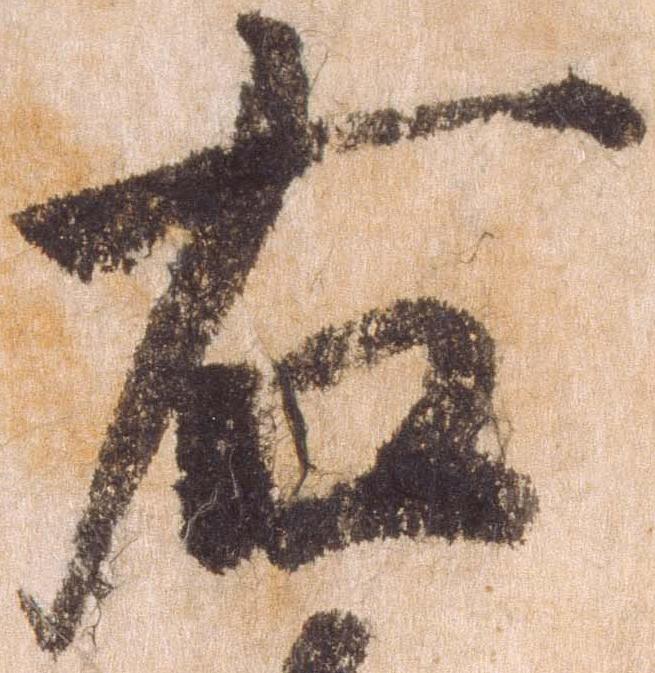
右